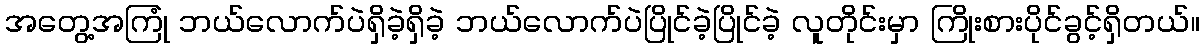
အတွေ့အကြုံ ဘယ်လောက်ပဲရှိခဲ့ရှိခဲ့ ဘယ်လောက်ပဲပြိုင်ခဲ့ပြိုင်ခဲ့ လူတိုင်းမှာ ကြိုးစားပိုင်ခွင့်ရှိတယ်။